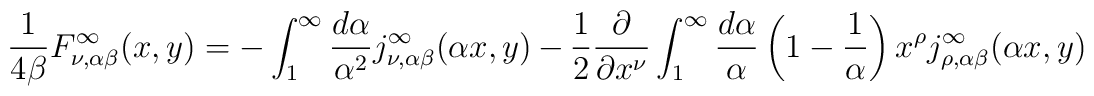
\frac{1}{4\beta} F^\infty_{\nu,\alpha\beta}(x,y)=-\int_1^\infty\frac{d\alpha}{\alpha^2}j^{\infty}_{\nu,\alpha\beta}(\alpha x,y)-\frac{1}{2}\frac{\partial}{\partial x^\nu}\int_1^\infty \frac{d\alpha}{\alpha}\left (1-\frac{1}{\alpha}\right)x^\rho j^{\infty}_{\rho,\alpha\beta}(\alpha x,y)